system: You are a helpful assistant.
user:
Analyze the provided spectrum to determine if it is a **M-type Giant (gM)**.

A M-type Giant spectrum is defined by its **strong molecular absorption** features, particularly from **Titanium Oxide (TiO)**. You must check for one of the following mutually exclusive signatures:

- **Key Visual Indicators (Absorption-Dominated Spectrum):**

    - **(Primary):** The spectrum is dominated by strong molecular absorption from **Titanium Oxide (TiO)**. This is the **defining feature** of its M-type temperature class.
        - **(Key Bandheads):** Look for sharp, "saw-tooth" absorption valleys. The strongest are located near **~7050 Å**, **~6160 Å**, and **~5170 Å**.
        - **(Line Profile):** The "saw-tooth" morphology is critical: a **sharp, steep drop on the BLUE (short-wavelength) side** of the bandhead, followed by a gradual recovery (rising flux) towards the RED (long-wavelength) side.

    - **(Key Confirmation - Giant vs. Dwarf):** **ABSENCE** of strong **Calcium Hydride (CaH)** molecular bands. This is the primary diagnostic for *excluding* M-dwarfs.
        - **(Key Region):** The spectrum should lack the strong, broad absorption band seen in dwarfs between **~6800 Å and ~7000 Å**.

    - **(Secondary Confirmation - Giant):** A very strong and broad **Neutral Calcium (Ca I)** atomic absorption line.
        - **(Key Line):** Located at **~4226 Å**. In a giant (gM), this line is significantly deeper and broader than the same line in an M-dwarf (dM) due to low surface gravity.

    - **(Overall Spectrum):**
        - The continuum is **extremely red-sloping** (i.e., flux is very low in the blue and rises dramatically towards the red).
        - The entire spectrum appears "chopped up" by the deep TiO bands.

Think first, call **spectral_visualization_tool** if needed to examine features in detail, then provide your final answer. Your response must adhere to the following strict rules:
1.  **Overall Structure:** Your response must follow the format `<think>...</think> <tool_call>...</tool_call> (if a tool is used) <answer>...</answer>`.
2.  **Tool Usage Constraint:** You may only make **one** tool call per turn.
3.  **Final Answer Format:** In the `<answer>` tag, your conclusion must be inside a `\boxed{}` command (e.g., `\boxed{YES}` or `\boxed{NO}`), followed by your justification.

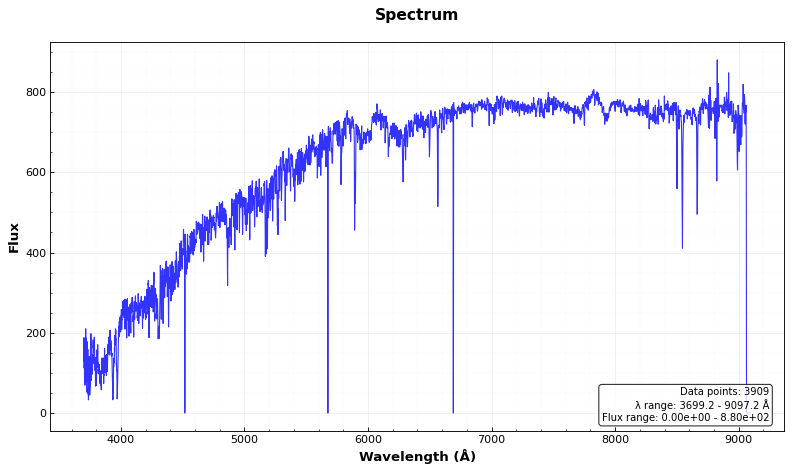
Answer: NO